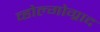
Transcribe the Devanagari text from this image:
व्होल्गोग्राद